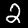
Label: 2